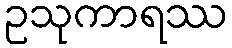
ဥသုကာရဿ